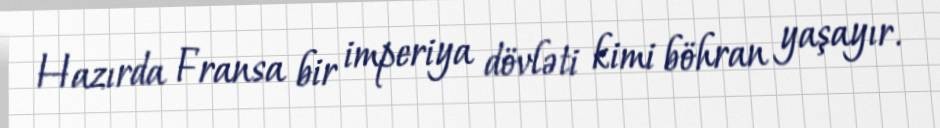
Hazırda Fransa bir imperiya dövləti kimi böhran yaşayır.